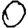
Digit: 0